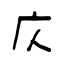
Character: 庂